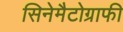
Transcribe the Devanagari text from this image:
सिनेमैटोग्राफी